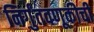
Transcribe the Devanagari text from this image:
निर्गुंतवणूकीची